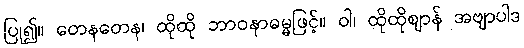
ပြု၍။ တေနတေန၊ ထိုထို ဘာဝနာဓမ္မဖြင့်။ ဝါ၊ ထိုထိုဈာန် အဗျာပါဒ